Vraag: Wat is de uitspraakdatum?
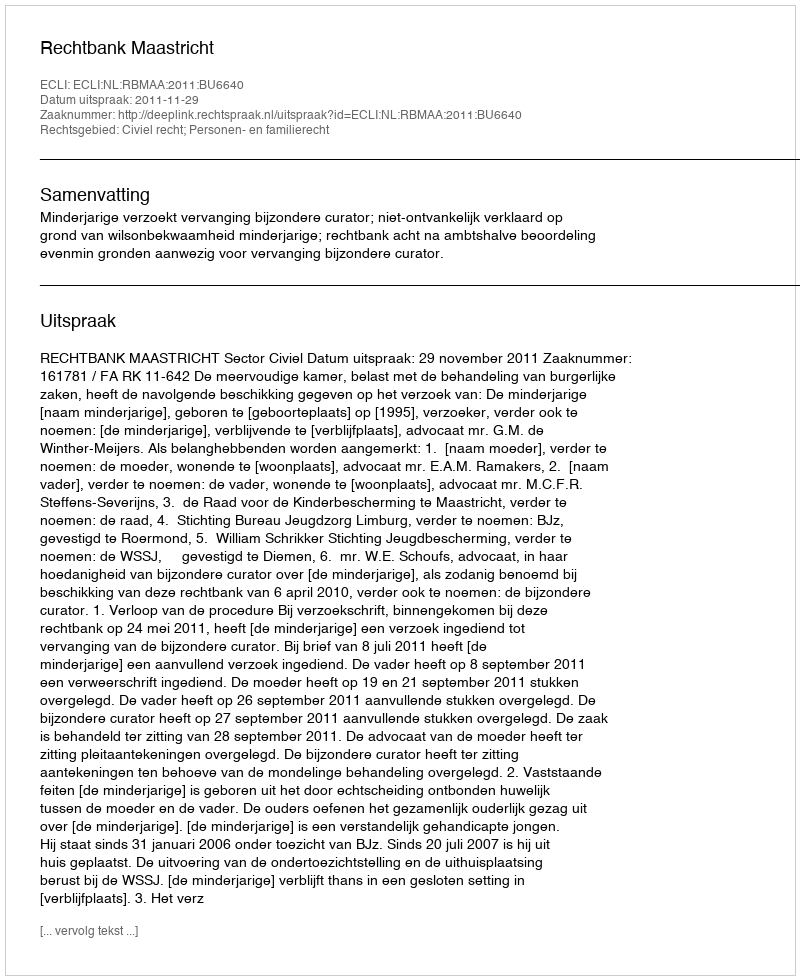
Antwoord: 2011-11-29